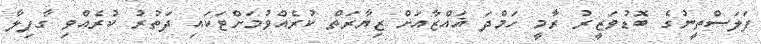
ފަލަސްތީނުގެ ބޮޑުވަޒީރު ރާމީ ހަމްދަ ޣައްޒާއަށް ޒިޔާރަތް ކުރެއްވުމަށްޓަކައި ދަތުރު ކުރެއްވި ގާފިލާ